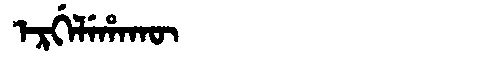
Manchu: ᡝᡵᡤᡝᠯᡝᡥᠠᡴᡡ
Romanization: ERGELEHAKŪ